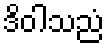
ဒိဝါသညံ